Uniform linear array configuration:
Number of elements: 16
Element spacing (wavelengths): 0.75
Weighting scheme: kaiser
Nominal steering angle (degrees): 45
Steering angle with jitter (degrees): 43.867
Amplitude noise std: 0.05
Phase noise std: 0.05

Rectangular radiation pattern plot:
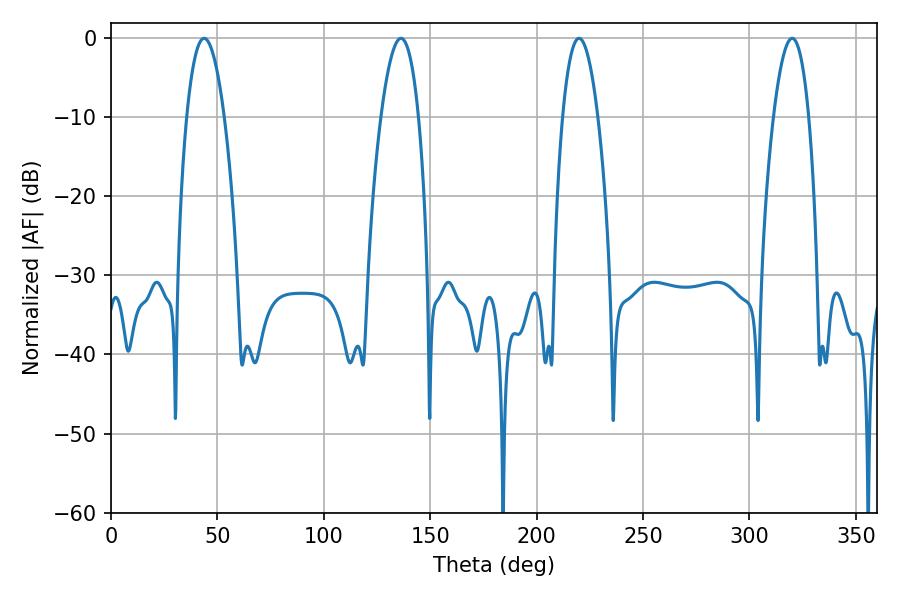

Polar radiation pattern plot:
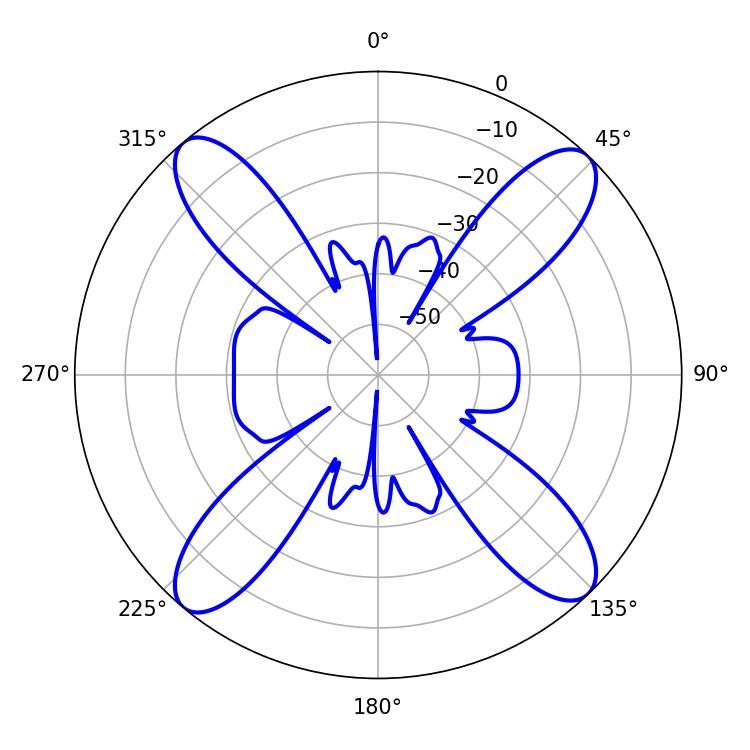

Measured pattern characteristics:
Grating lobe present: TRUE
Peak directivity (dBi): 17.967
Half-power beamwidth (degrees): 9.72
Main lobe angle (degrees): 43.74